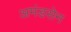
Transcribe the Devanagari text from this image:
अमंडसेन